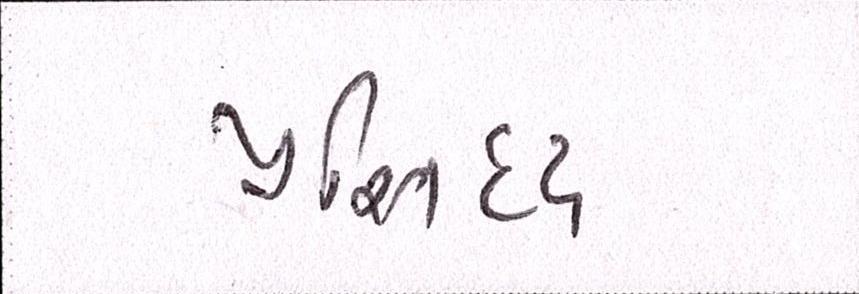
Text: પ્રસિધ્ધ